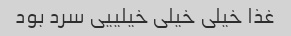
غذا خیلی خیلی خیلییی سرد بود